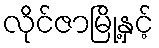
လိုင်ဇာမြို့နှင့်